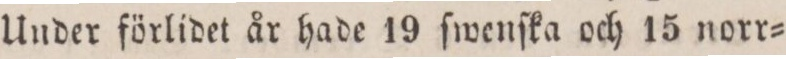
Under förlidet år hade 19 ſwenſka och 15 norr=